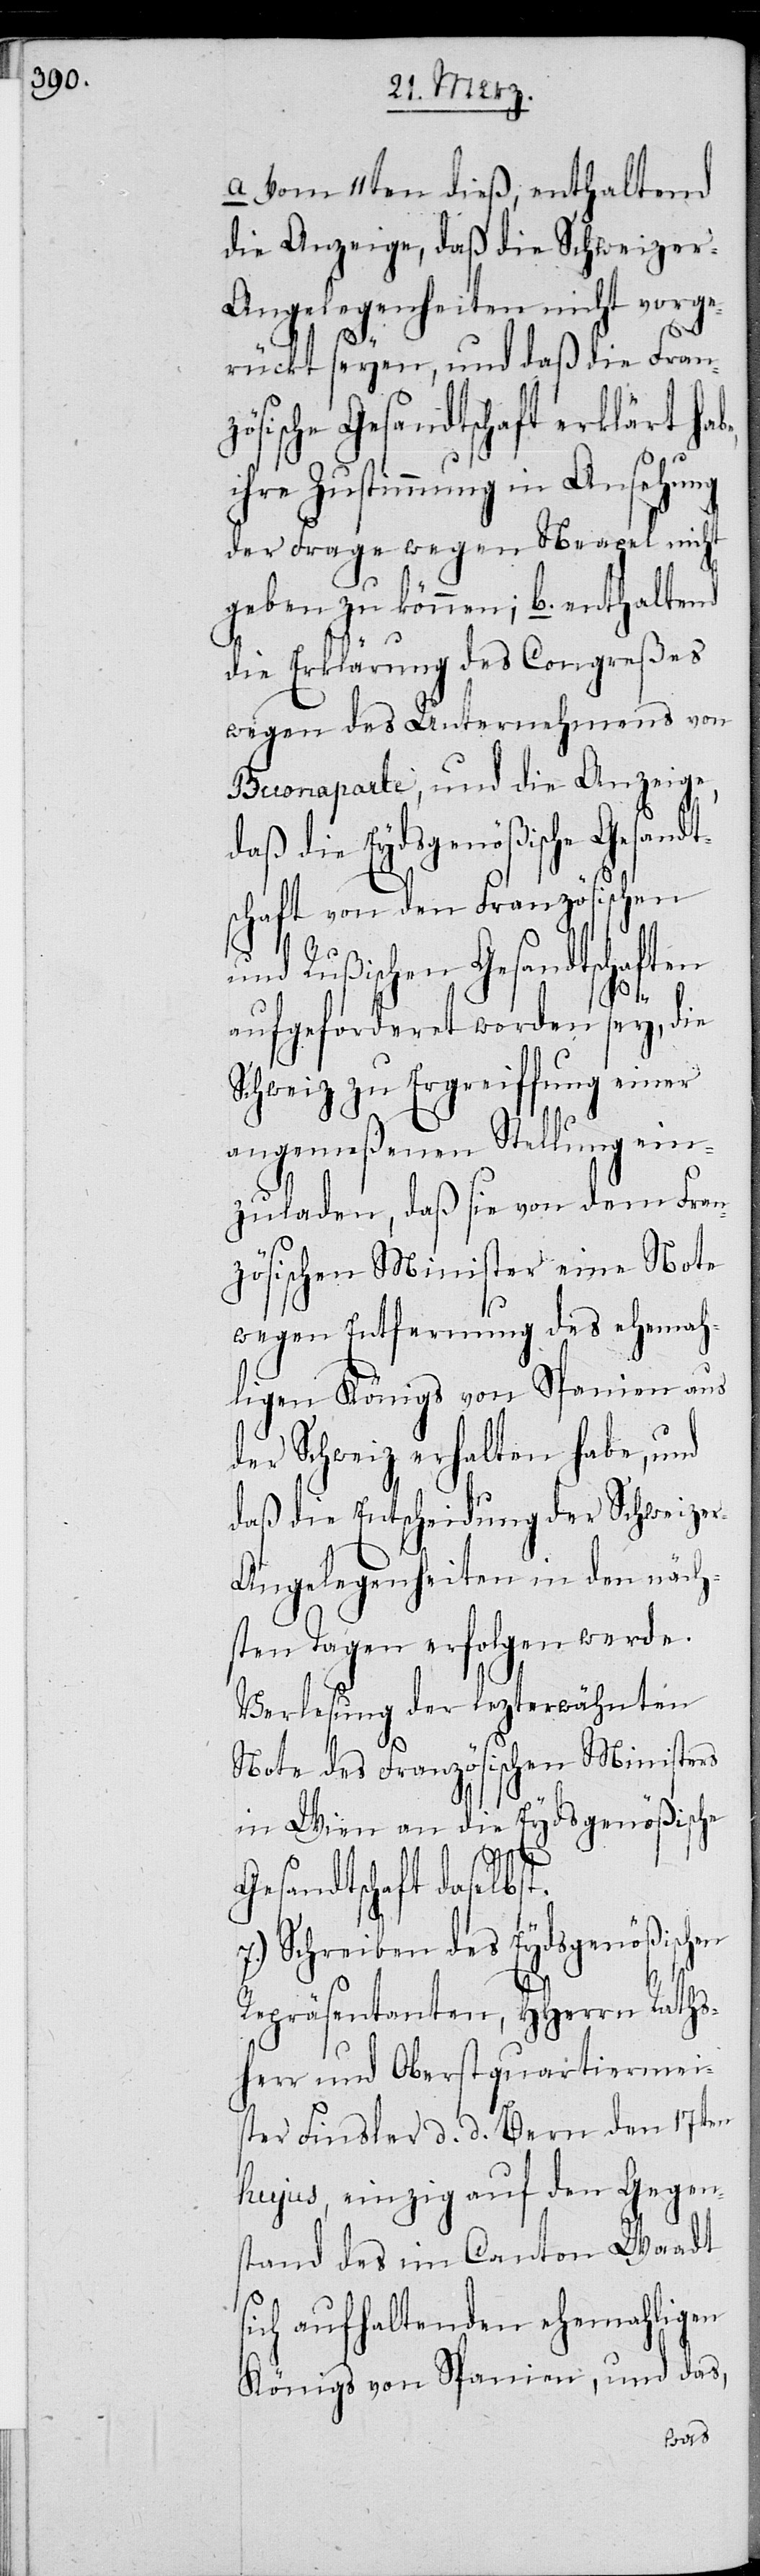
a. vom 11ten dieß, enthaltend
die Anzeige, daß die Schweize¬
r-Angelegenheiten nicht vorge¬
rückt seyen, und daß die Franz¬
ösische Gesandtschaft erklärt ha¬
be,
ihre Zustimmung in Ansehung
der Frage wegen Neapel nicht
geben zu können; b. enthaltend
die Erklärung des Congreßes
wegen des Unternehmens von
Buonaparte, und die Anzeige,
daß die Eydsgenößische Gesand¬
schaft von den Französischen
und Rußischen Gesandtschaften
aufgeforderet worden sey, die
Schweiz zu Ergreiffung einer
angemeßenen Stellung ein¬
zuladen, daß sie von dem Fran¬
zösischen Minister eine Note
wegen Entfernung des ehema¬
ligen Königs von Spanien aus
der Schweiz erhalten habe, und
daß die Entscheidung der Schweize¬
r-Angelegenheiten in den näch¬
sten Tagen erfolgen werde.
Verlesung der lezterwähnten
Note des Französischen Ministers
in Wien an die Eydsgenößische
s¬
Gesandtschaft daselbst.
7.) Schreiben des Eydsgenößischen
t¬
Repräsentanten, HHerrn Raths¬
herr und Oberstquartiermeis¬
ter Finsler d. d. Bern den 17ten
hujus, einzig auf den Gegen¬
stand des im Canton Waadt
ich aufhaltenden ehemaligen
Königs von Spanien, und das,